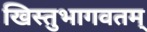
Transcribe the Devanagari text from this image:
खिस्तुभागवतम्